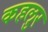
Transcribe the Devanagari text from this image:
कहलुर